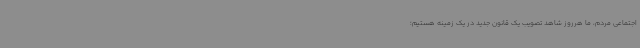
اجتماعی مردم، ما هرروز شاهد تصویب یک قانون جدید در یک زمینه هستیم؛